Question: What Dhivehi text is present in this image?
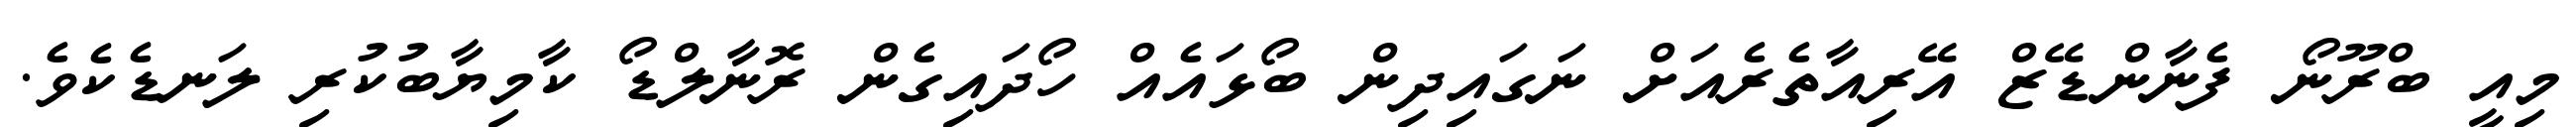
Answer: މިއީ ބްރޫނޯ ފެނާންޑޭޒް އޭރިއާތެރެއަށް ނަގައިދިން ބޯޅައެއް ހޯދައިގެން ރޮނާލްޑޯ ކާމިޔާބުކުރި ލަނޑެކެވެ.